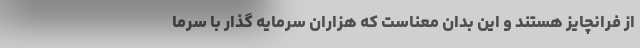
از فرانچایز هستند و این بدان معناست که هزاران سرمایه گذار با سرما